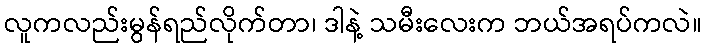
လူကလည်းမွန်ရည်လိုက်တာ၊ ဒါနဲ့ သမီးလေးက ဘယ်အရပ်ကလဲ။